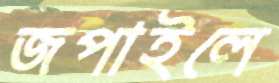
জপাইলে